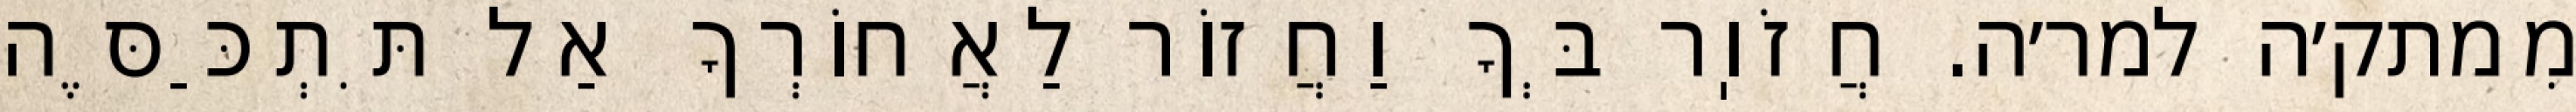
מִמתק׳ה למר׳ה. חֲזֹוֽר בְּךָ וַחֲזוֹר לַאֲחוֹרְךָ אַל תִּתְכַּסֶּה